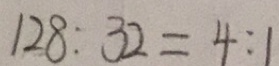
1 2 8 : 3 2 = 4 : 1